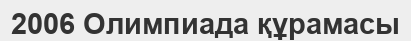
2006 Олимпиада құрамасы